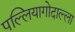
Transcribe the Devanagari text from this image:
पल्लियागोदाल्ला